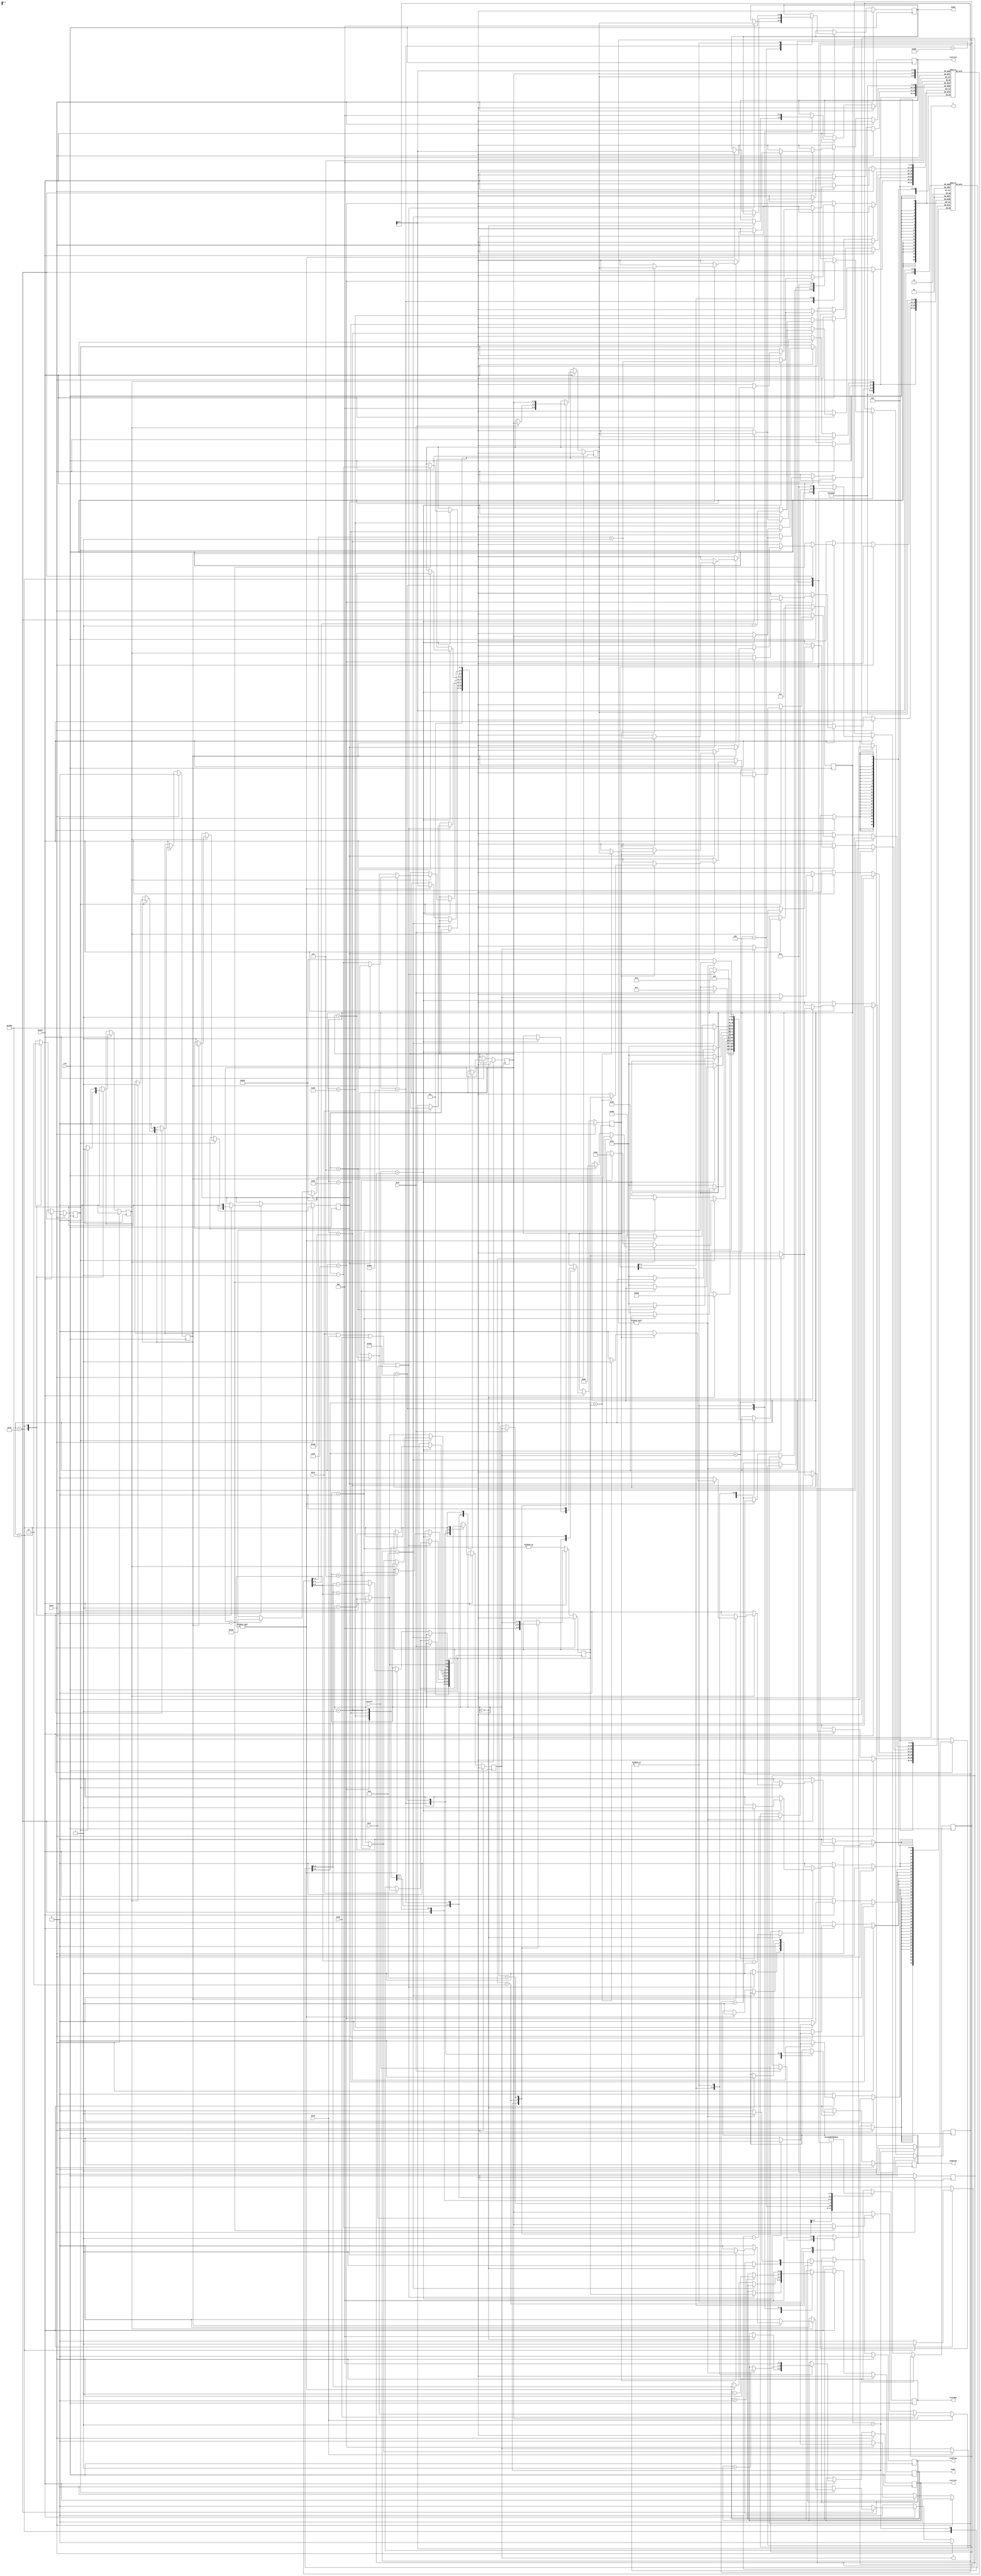
`timescale 1ns / 1ps
/* 
File: Candy Crush Simple State Machine
Author: Xin Yu
*/

// 8 x 8 screen, 6 colors
// [2:0]a[8i+j] = [2:0]a[8Y+X]  for test bench

module CandyCrush_Simple(
      // inputs
      Clk, Reset, BtnC, BtnL, BtnR, BtnU, BtnD,
      ColorXY,
		Enable,
      // outputs (to be continued)
      rewriteX, rewriteY, X, Y, swapX, swapY,
      randFlag, swapFlag,
      stateNum
    );

// declare signals 
input BtnC, BtnL, BtnR, BtnU, BtnD, Clk, Reset;
input [2:0] ColorXY;                               // 6 colors
input Enable;                                      // enable candy crush
output reg [2:0] rewriteX, rewriteY;               // assign coordinates of places to be filled in with random color
output reg [2:0] X, Y; 
output reg [2:0] swapX, swapY;                     // candy to swap with current X, Y
output reg randFlag, swapFlag;                     // indicate when to swap or write random
output reg [3:0] stateNum;

// intermediate signals
reg [2:0] columnSlidesCount [7:0];                 // save how many places to slide down in each column
reg [2:0] columnSlidesStart [7:0];                 // save the Y-coordinate from which to slide down
reg [2:0] colorSaved;                              // save the color of the candy chosen by the user
reg [2:0] firstX, firstY;                          // coordinate of the candy chosen by the user
reg UpFlag, DownFlag, RightFlag, LeftFlag;         // check four directions
reg firstSlidedFlag;                               // if there is any 
reg [12:0] state;                                  // hold states
reg [3:0] indexCtr, slidesCtr;                     // counter to increment index of columnSlidesCount & columnSlidesStart
                                                   // counter to decrement columnSlidesStart

localparam
InitialVar = 13'b0000000000001,
SelectFirst = 13'b0000000000010,
SelectSecond = 13'b0000000000100,
SwapColor = 13'b0000000001000,
CheckAround = 13'b0000000010000,
UpCheck = 13'b0000000100000,
DownCheck = 13'b0000001000000,
RightCheck = 13'b0000010000000,
LeftCheck = 13'b0000100000000,
ColumnCheck = 13'b0001000000000,
SlideDown = 13'b0010000000000,
FillRand = 13'b0100000000000,
ResetValues = 13'b1000000000000;

// for SSD
always @(posedge Clk)
begin 
   case(state)
       InitialVar:    stateNum = 4'b0001;
       SelectFirst:   stateNum = 4'b0010;
       SelectSecond:  stateNum = 4'b0011;
       SwapColor:    stateNum = 4'b0100;
       CheckAround:    stateNum = 4'b0101;
       UpCheck:       stateNum = 4'b0110;
       DownCheck:     stateNum = 4'b0111;
       RightCheck:    stateNum = 4'b1000;
       LeftCheck:     stateNum = 4'b1001;
       ColumnCheck:    stateNum = 4'b1010;
       SlideDown:   stateNum = 4'b1011;
       FillRand:     stateNum = 4'b1100;
       ResetValues:     stateNum = 4'b1101;
    endcase
end

// state machine diagram
always @(posedge Clk)
begin
     if (Reset)
     begin
        state <= InitialVar;
        X <= 3'bXXX;
        Y <= 3'bXXX;
        firstX <= 3'bXXX;
        firstY <= 3'bXXX;
       
        UpFlag <= 1'b0;
        DownFlag <= 1'b0;
        RightFlag <= 1'b0;
        LeftFlag <= 1'b0;
        firstSlidedFlag <= 1'b0;
        
        rewriteX <= 3'bXXX;
        rewriteY <= 3'bXXX;
        swapX <= 3'bXXX;
        swapY <= 3'bXXX;
       
        randFlag <= 1'b0;
        swapFlag <= 1'b0;
     
        colorSaved <= 3'bXXX;
        indexCtr <= 4'b0000;
        // to be continued
     end
     else if (Enable)
     begin
        case (state)
        InitialVar:
        begin
          state <= SelectFirst;
          
          X <= 3;
          Y <= 3;
          firstX <= 3'b000;
          firstY <= 3'b000;
           
          rewriteX <= 3'b000;
          rewriteY <= 3'b000;
          swapX <= 3'b000;
          swapY <= 3'b000;
          
          colorSaved <= 3'b000;
            
          columnSlidesCount[0] <= 3'b000; 
		  columnSlidesCount[1] <= 3'b000;
		  columnSlidesCount[2] <= 3'b000;
		  columnSlidesCount[3] <= 3'b000;
		  columnSlidesCount[4] <= 3'b000;
		  columnSlidesCount[5] <= 3'b000;
		  columnSlidesCount[6] <= 3'b000;
		  columnSlidesCount[7] <= 3'b000;
	   
		  columnSlidesStart[0] <= 3'b000;
		  columnSlidesStart[1] <= 3'b000;
		  columnSlidesStart[2] <= 3'b000;
		  columnSlidesStart[3] <= 3'b000;
		  columnSlidesStart[4] <= 3'b000;
		  columnSlidesStart[5] <= 3'b000;
		  columnSlidesStart[6] <= 3'b000;
		  columnSlidesStart[7] <= 3'b000;
        
        end
        SelectFirst:
        begin
          if (BtnC)
          begin
             state <= SelectSecond;
             
             firstX <= X;
             firstY <= Y;
             colorSaved <= ColorXY;
          end
          else if (BtnU)
          begin
             if (Y > 0)
                Y <= Y - 1;
          end
          else if (BtnD)
          begin
             if (Y < 7)
                Y <= Y + 1;
          end
          else if (BtnR)
          begin
             if (X < 7)
                X <= X + 1;
          end
          else if (BtnL)
             if (X > 0)
                X <= X - 1;
          begin
          end
        
        end
        SelectSecond:
        begin
          if (BtnU|BtnD|BtnR|BtnL)
          begin
             state <= SwapColor;
             
             swapX <= firstX;
             swapY <= firstY;
             
             swapFlag <= 1;    // after clock, can perform swap color
             
             if (BtnU)
             begin
               if (Y > 0)
                  Y <= Y - 1;
             end
             else if (BtnD)
             begin
			   if (Y < 7)
				  Y <= Y + 1;
             end
             else if (BtnR)
             begin
               if (X < 7)
                  X <= X + 1;
             end
             else if (BtnL)
               if (X > 0)
                  X <= X - 1;
             begin
             end
          end
        end
        SwapColor:
        begin
           state <= CheckAround;
           swapFlag <= 0;
           // set back to the coordinate of first candy
          // X <= firstX;
          // Y <= firstY;
			  // update first candy coordinates after swap
           firstX <= X;
           firstY <= Y;
        end
        CheckAround:
        begin
           if (!UpFlag)
           begin
              UpFlag <= 1;
              if (Y > 0)
              begin
                 state <= UpCheck;
                 Y <= Y - 1;
              end
           end
           else if (!DownFlag)
           begin
              DownFlag <= 1;
              if (Y < 7)
              begin
                 state <= DownCheck;
                 Y <= Y + 1;
              end
           end
           else if (!RightFlag)
           begin
              RightFlag <= 1;
              if (X < 7)
              begin
                 state <= RightCheck;
                 X <= X + 1;
              end
           end
           else if (!LeftFlag)
           begin
              LeftFlag <= 1;
              if (X > 0)
                 state <= LeftCheck;
                 X <= X - 1;
           end
           else
           begin 
              //columnSlidesCount[firstX] <= columnSlidesCount[firstX] + 1;
              state <= ColumnCheck;
              if (firstSlidedFlag)
              begin
                 columnSlidesCount[firstX] <= columnSlidesCount[firstX] + 1;
                 if (columnSlidesStart[firstX] < firstY)
                     columnSlidesStart[firstX] <= firstY;
              end
           end
           
        end
        UpCheck:
        begin
            if (ColorXY == colorSaved)
            begin
               firstSlidedFlag <= 1;
               columnSlidesCount[firstX] <= columnSlidesCount[firstX] + 1;
               if (columnSlidesStart[firstX] < Y)
                   columnSlidesStart[firstX] <= Y;
               
               if (Y > 0)
                  Y <= Y - 1;
               else
               begin
                  state <= CheckAround;
                  Y <= firstY;
               end
            end
            else
            begin
               state <= CheckAround;
               Y <= firstY;
            end
        end
        DownCheck:
        begin
            if (ColorXY == colorSaved)
            begin
               firstSlidedFlag <= 1;
               columnSlidesCount[firstX] <= columnSlidesCount[firstX] + 1;
               columnSlidesStart[firstX] <= Y;
               
               if (Y < 7)
                  Y <= Y + 1;
               else
               begin
                  state <= CheckAround;
                  Y <= firstY;
               end
            end
            else
            begin
               state <= CheckAround;
               Y <= firstY;
            end
            
        end
        RightCheck:
        begin
            if (ColorXY == colorSaved)
            begin
                firstSlidedFlag <= 1;
                columnSlidesCount[X] <= columnSlidesCount[X] + 1;
                columnSlidesStart[X] <= firstY;
                
                if (X < 7)
                   X <= X + 1;
                else
                begin
                  state <= CheckAround;
                  X <= firstX;
                end
            end
            else
            begin
               state <= CheckAround;
               X <= firstX;
            end
        end
        LeftCheck:
        begin
            if (ColorXY == colorSaved)
            begin
               firstSlidedFlag <= 1;
               columnSlidesCount[X] <= columnSlidesCount[X] + 1;
               columnSlidesStart[X] <= firstY;
               
               if (X > 0)
                  X <= X - 1;
               else
               begin
                  state <= CheckAround;
                  X <= firstX;
               end
            end
            else
            begin
              state <= CheckAround;
              X <= firstX;
            end
        end
        ColumnCheck:
        begin
           // to be continued
           if (indexCtr == 8)
              state <= ResetValues;
           else
           begin
              if (columnSlidesCount[indexCtr] != 0)
              begin
                 state <= SlideDown;
                 
                 swapY <= columnSlidesStart[indexCtr];
                 swapX <= indexCtr;
                 if (columnSlidesStart[indexCtr] > columnSlidesCount[indexCtr])					  
                     Y <= columnSlidesStart[indexCtr] - columnSlidesCount[indexCtr];
					  else
					      Y <= 0;
                 X <= indexCtr;
					  swapFlag <= 1;
              end
              else 
                 indexCtr <= indexCtr + 1;
           end
           
        end
        SlideDown:
        begin
           //swapFlag <= 1;
			  if (swapY > 0)
               swapY <= swapY - 1;
			  if (Y > 0)
               Y <= Y - 1;
           if (Y == 0)
           begin
              state <= FillRand;
              
              rewriteX <= indexCtr;
              rewriteY <= 0;
              slidesCtr <= columnSlidesCount[indexCtr] - 1;
				  swapFlag <= 0;
				  randFlag <= 1;
           end
        end
        FillRand:
        begin
          // swapFlag <= 0;
           if (slidesCtr != 0)
           begin
              randFlag <= 1;
              rewriteY <= rewriteY + 1;
              
              slidesCtr <= slidesCtr - 1;
           end
           else
           begin
              state <= ColumnCheck;
              
              randFlag <= 0;
              indexCtr <= indexCtr + 1;
           end
        end
        ResetValues:
        begin
           state <= SelectFirst;
           
           X <= firstX;
           Y <= firstY;
           colorSaved <= 3'b000;
           
           rewriteX <= 3'b000;
           rewriteY <= 3'b000;
           swapX <= 3'b000;
           swapY <= 3'b000;
           
		   columnSlidesCount[0] <= 3'b000; 
		   columnSlidesCount[1] <= 3'b000;
		   columnSlidesCount[2] <= 3'b000;
		   columnSlidesCount[3] <= 3'b000;
		   columnSlidesCount[4] <= 3'b000;
		   columnSlidesCount[5] <= 3'b000;
		   columnSlidesCount[6] <= 3'b000;
		   columnSlidesCount[7] <= 3'b000;
   
		   columnSlidesStart[0] <= 3'b000;
		   columnSlidesStart[1] <= 3'b000;
		   columnSlidesStart[2] <= 3'b000;
		   columnSlidesStart[3] <= 3'b000;
		   columnSlidesStart[4] <= 3'b000;
		   columnSlidesStart[5] <= 3'b000;
		   columnSlidesStart[6] <= 3'b000;
		   columnSlidesStart[7] <= 3'b000;
		   
		   UpFlag <= 0;
		   DownFlag <= 0;
		   RightFlag <= 0;
		   LeftFlag <= 0;
		   firstSlidedFlag <= 0;
		   
		   indexCtr <= 0;
		   slidesCtr <= 0;
		      
           
        end
        
       endcase
     end

end


endmodule